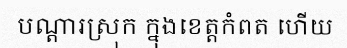
បណ្តារស្រុក ក្នុងខេត្តកំពត ហើយ